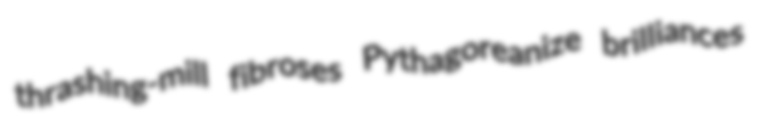
thrashing-mill fibroses Pythagoreanize brilliances